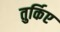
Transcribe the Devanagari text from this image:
तुर्किए